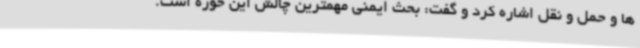
ها و حمل و نقل اشاره کرد و گفت: بحث ایمنی مهمترین چالش این حوزه است.